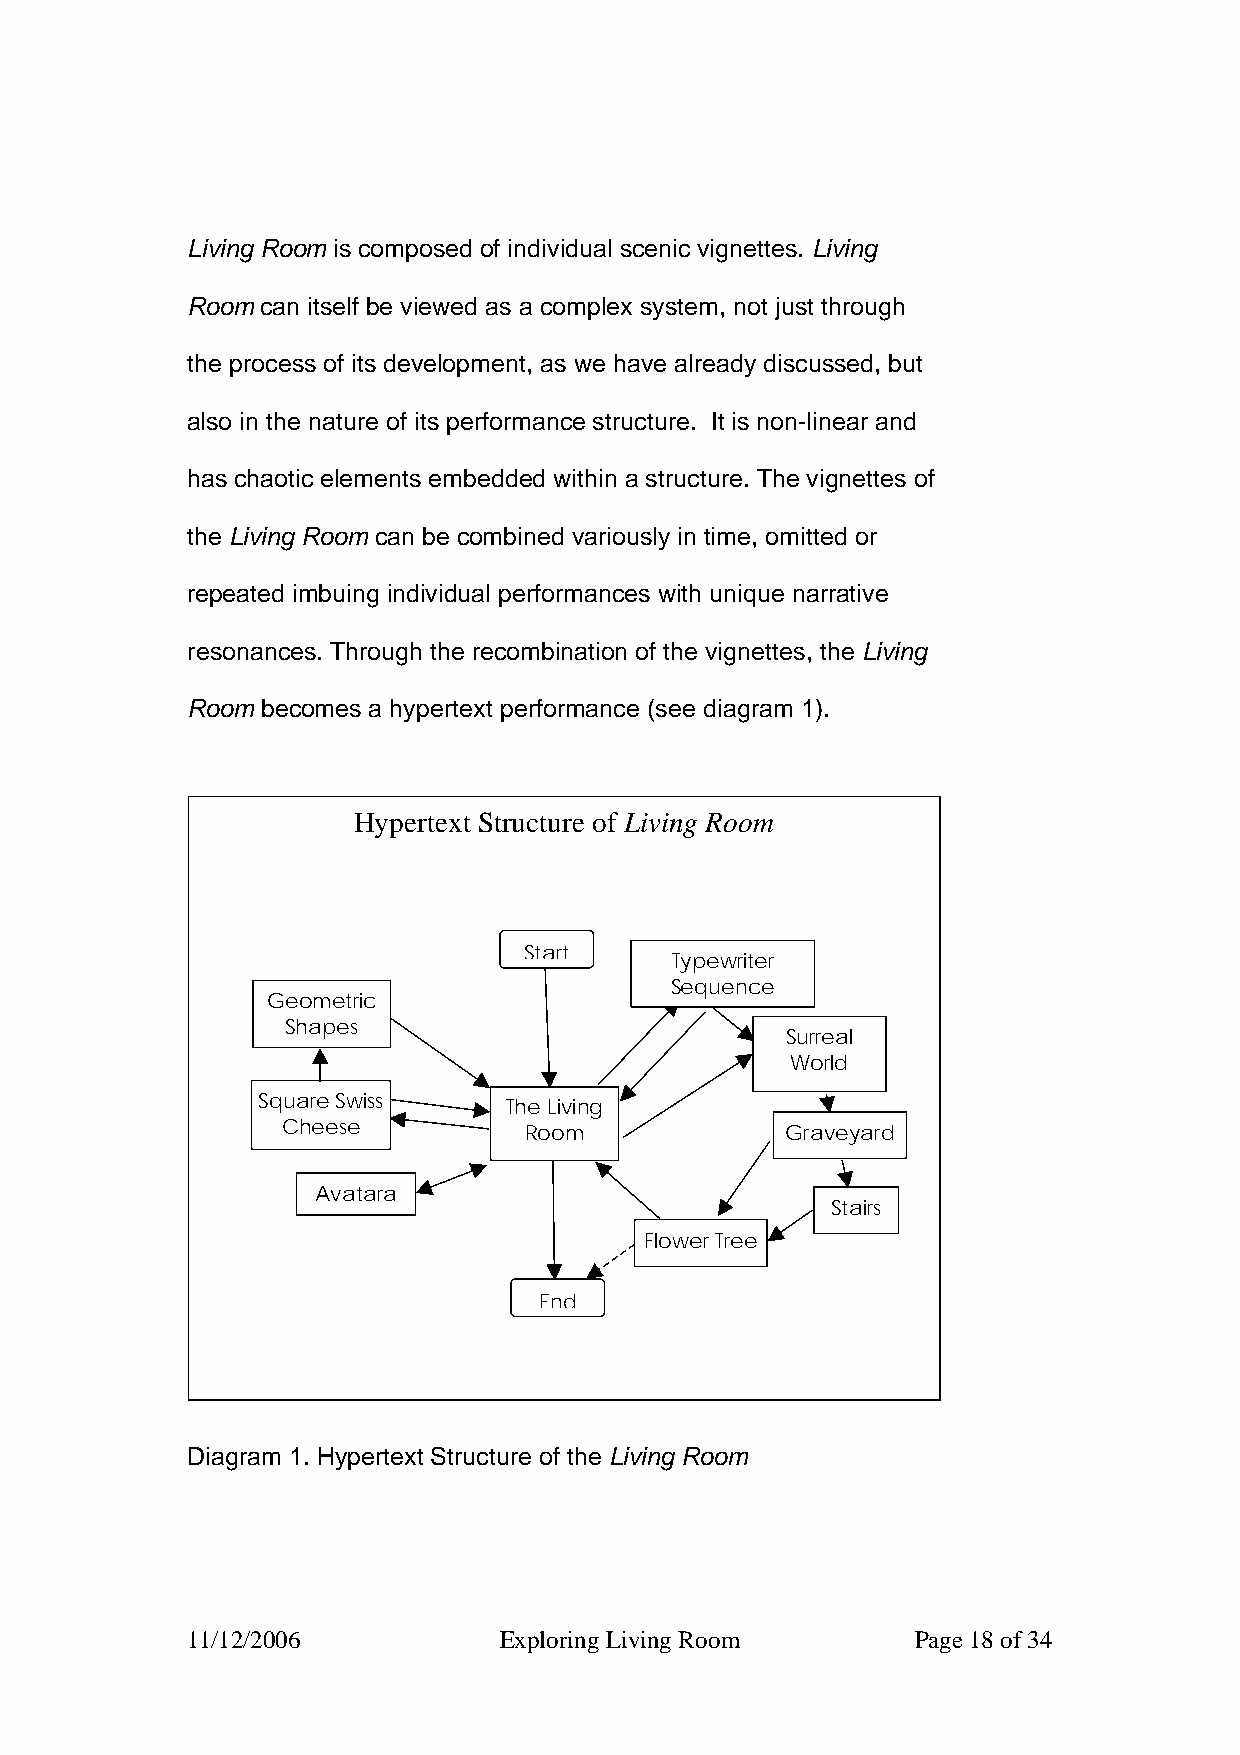
Living Room is composed of individual scenic vignettes. Living
 Room can itself be viewed as a complex system, not just through
 the process of its development, as we have already discussed, but
 also in the nature of its performance structure. It is non-linear and
 has chaotic elements embedded within a structure. The vignettes of
 the Living Room can be combined variously in time, omitted or
 repeated imbuing individual performances with unique narrative
 resonances. Through the recombination of the vignettes, the Living
 Room becomes a hypertext performance (see diagram 1).
 Hypertext Structure of Living Room
 Start
 Typewriter
 Sequence
 Geometric
 Shapes
 Surreal
 World
 Square Swiss    The Living
 Cheese          Room             Graveyard
 Avatara
 Stairs
 Flower Tree
 End
 Diagram 1. Hypertext Structure of the Living Room
 11/12/2006           Exploring Living Room       Page 18 of 34